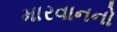
મારવાનનો